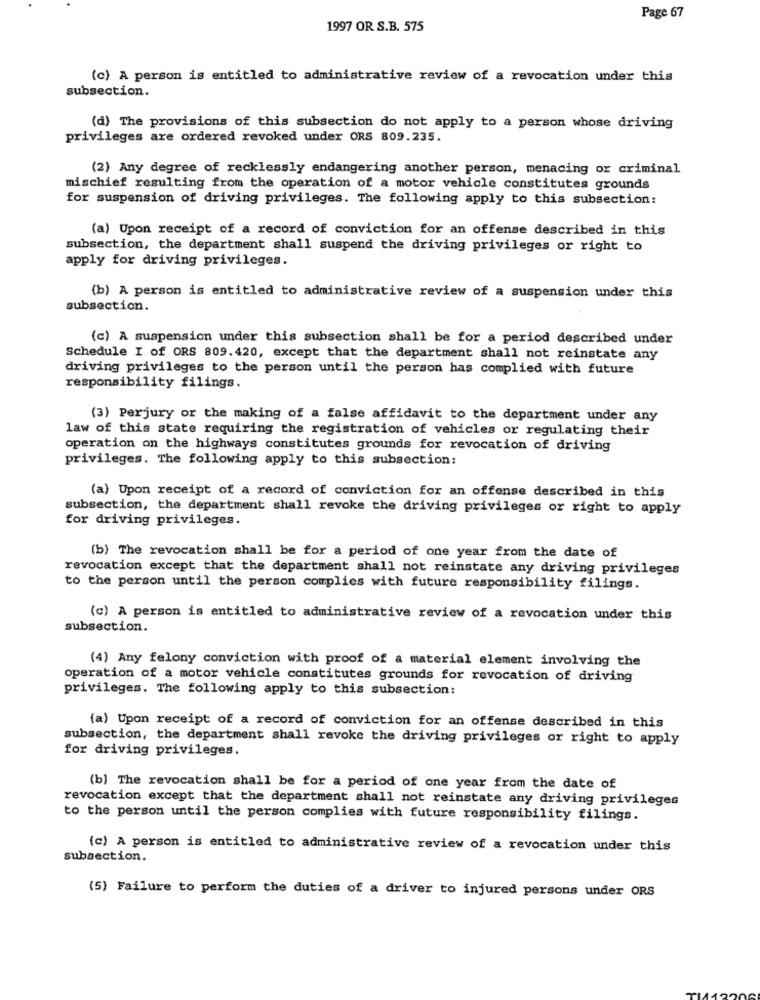
Page 67
1997 OR S.B. 575
(c) A person is entitled to administrative review of a revocation under this
subsection.
(d) The provisions of this subsection do not apply to a person whose driving
privileges are ordered revoked under ORS 809.235.
(2) Any degree of recklessly endangering another person, menacing or criminal
mischief resulting from the operation of a motor vehicle constitutes grounds
for suspension of driving privileges. The following apply to this subsection:
(a) Upon receipt of a record of conviction for an offense described in this
subsection, the department shall suspend the driving privileges or right to
apply for driving privileges.
(b) A person is entitled to administrative review of a suspension under this
subsection.
(c) A suspension under this subsection shall be for a period described under
Schedule I of ORS 809.420, except that the department shall not reinstate any
driving privileges to the person until the person has complied with future
responsibility filings.
(3) Perjury or the making of a false affidavit to the department under any
law of this state requiring the registration of vehicles or regulating their
operation on the highways constitutes grounds for revocation of driving
privileges. The following apply to this subsection:
(a) Upon receipt of a record of conviction for an offense described in this
subsection, the department shall revoke the driving privileges or right to apply
for driving privileges.
(b) The revocation shall be for a period of one year from the date of
revocation except that the department shall not reinstate any driving privileges
to the person until the person complies with future responsibility filings.
(c) A person is entitled to administrative review of a revocation under this
subsection.
(4) Any felony conviction with proof of a material element involving the
operation of a motor vehicle constitutes grounds for revocation of driving
privileges. The following apply to this subsection:
(a) Upon receipt of a record of conviction for an offense described in this
subsection, the department shall revoke the driving privileges or right to apply
for driving privileges.
(b) The revocation shall be for a period of one year from the date of
revocation except that the department shall not reinstate any driving privileges
to the person until the person complies with future responsibility filings.
(c) A person is entitled to administrative review of a revocation under this
subsection.
(5) Failure to perform the duties of a driver to injured persons under ORS